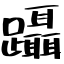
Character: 躡